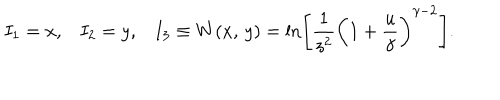
I _ { 1 } = x , I _ { 2 } = y , I _ { 3 } \equiv W ( x , \, y ) = \ln \left[ { \frac { 1 } { z ^ { 2 } } } \left( 1 + { \frac { u } { \gamma } } \right) ^ { \gamma - 2 } \right] .